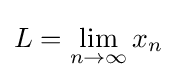
L=\lim _{n\to \infty }x_{n}